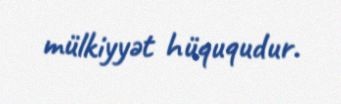
mülkiyyət hüququdur.